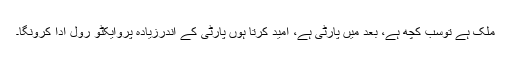
ملک ہے توسب کچھ ہے، بعد میں پارٹی ہے، امید کرتا ہوں پارٹی کے اندرزیادہ پروایکٹو رول ادا کرونگا۔